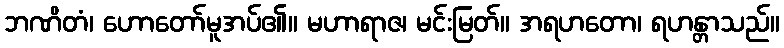
ဘဏိတံ၊ ဟောတော်မူအပ်၏။ မဟာရာဇ၊ မင်းမြတ်။ အရဟတော၊ ရဟန္တာသည်။